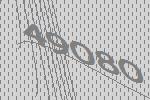
49080